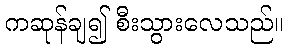
ကဆုန်ချ၍ စီးသွားလေသည်။